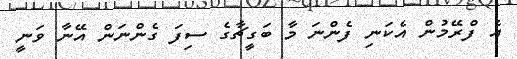
އެ ފްރޭމުން އެކަނި ފެންނަ މާ ބަގީޗާގެ ސިފަ ގެންނަން އޭނާ ވަނީ